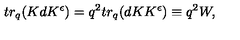
t r _ { q } ( K d K ^ { \epsilon } ) = q ^ { 2 } t r _ { q } ( d K K ^ { \epsilon } ) \equiv q ^ { 2 } W ,